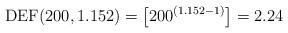
LaTeX: \begin{align*}\mathrm{DEF}(200,1.152) = \left[200^{\left(1.152-1\right)}\right] = 2.24\end{align*}